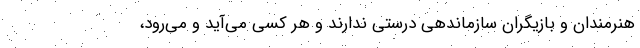
هنرمندان و بازیگران سازماندهی درستی ندارند و هر کسی می‌آید و می‌رود،